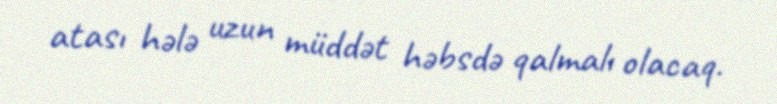
atası hələ uzun müddət həbsdə qalmalı olacaq.